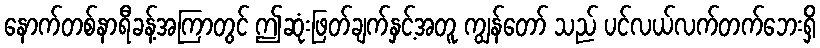
နောက်တစ်နာရီခန့်အကြာတွင် ဤဆုံးဖြတ်ချက်နှင့်အတူ ကျွန်တော် သည် ပင်လယ်လက်တက်ဘေးရှိ